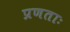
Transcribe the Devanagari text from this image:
प्रणताः